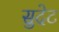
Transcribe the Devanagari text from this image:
सुदेट